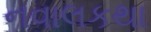
નવાલકથા